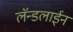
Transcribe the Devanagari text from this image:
लॅन्डलाईन